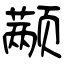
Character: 颟